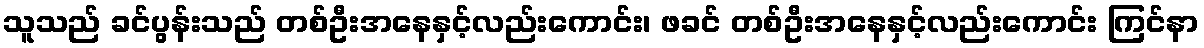
သူသည် ခင်ပွန်းသည် တစ်ဦးအနေနှင့်လည်းကောင်း၊ ဖခင် တစ်ဦးအနေနှင့်လည်းကောင်း ကြင်နာ